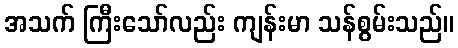
အသက် ကြီးသော်လည်း ကျန်းမာ သန်စွမ်းသည်။